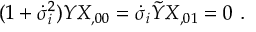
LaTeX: ( 1 + \dot { \sigma } _ { i } ^ { 2 } ) Y X _ { , 0 0 } = \dot { \sigma } _ { i } \tilde { Y } X _ { , 0 1 } = 0 \ .